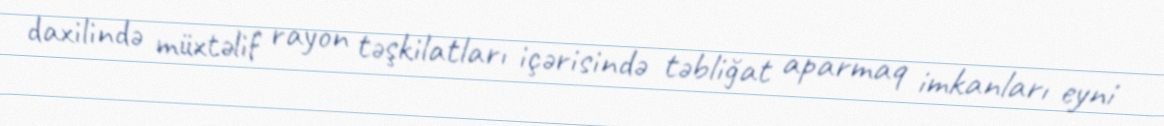
daxilində müxtəlif rayon təşkilatları içərisində təbliğat aparmaq imkanları eyni